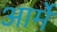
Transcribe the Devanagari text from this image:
आर्मे